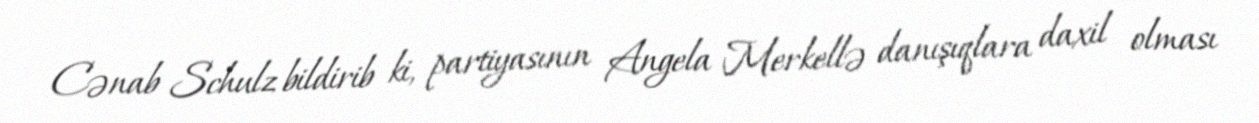
Cənab Schulz bildirib ki, partiyasının Angela Merkellə danışıqlara daxil olması